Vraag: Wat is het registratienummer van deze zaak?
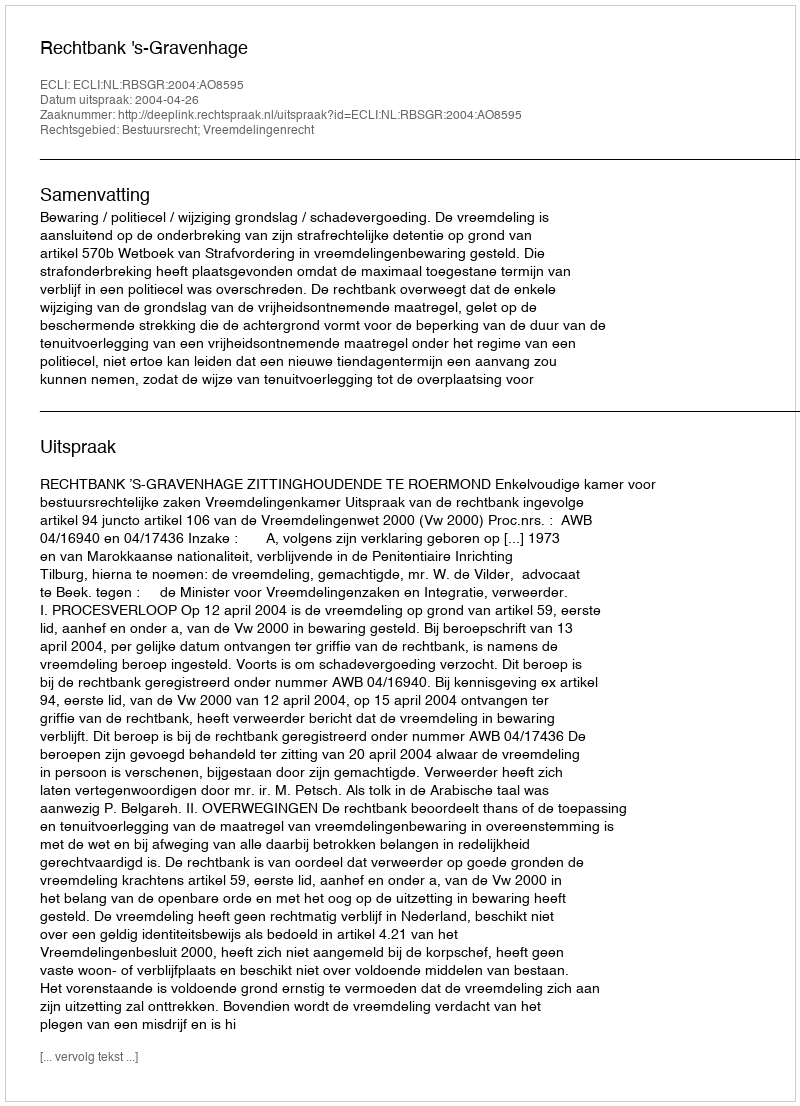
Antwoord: http://deeplink.rechtspraak.nl/uitspraak?id=ECLI:NL:RBSGR:2004:AO8595